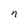
Character: n